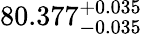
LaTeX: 80.377_{-0.035}^{+0.035}